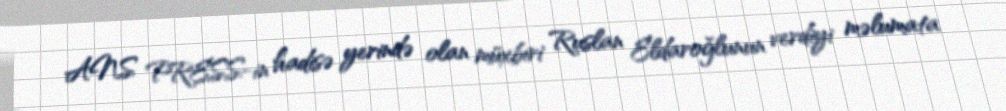
ANS PRESS-in hadisə yerində olan müxbiri Ruslan Eldaroğlunun verdiyi məlumata